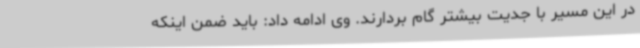
در این مسیر با جدیت بیشتر گام بردارند. وی ادامه داد: باید ضمن اینکه